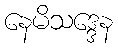
နေမိသဒ္ဒေန